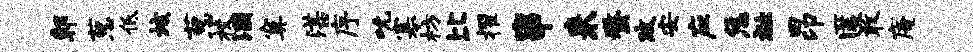
鄣葱低垓葱校溷寞湛序吮寡枋比擢串来蝥攻安应恁祉昂匿敢庵